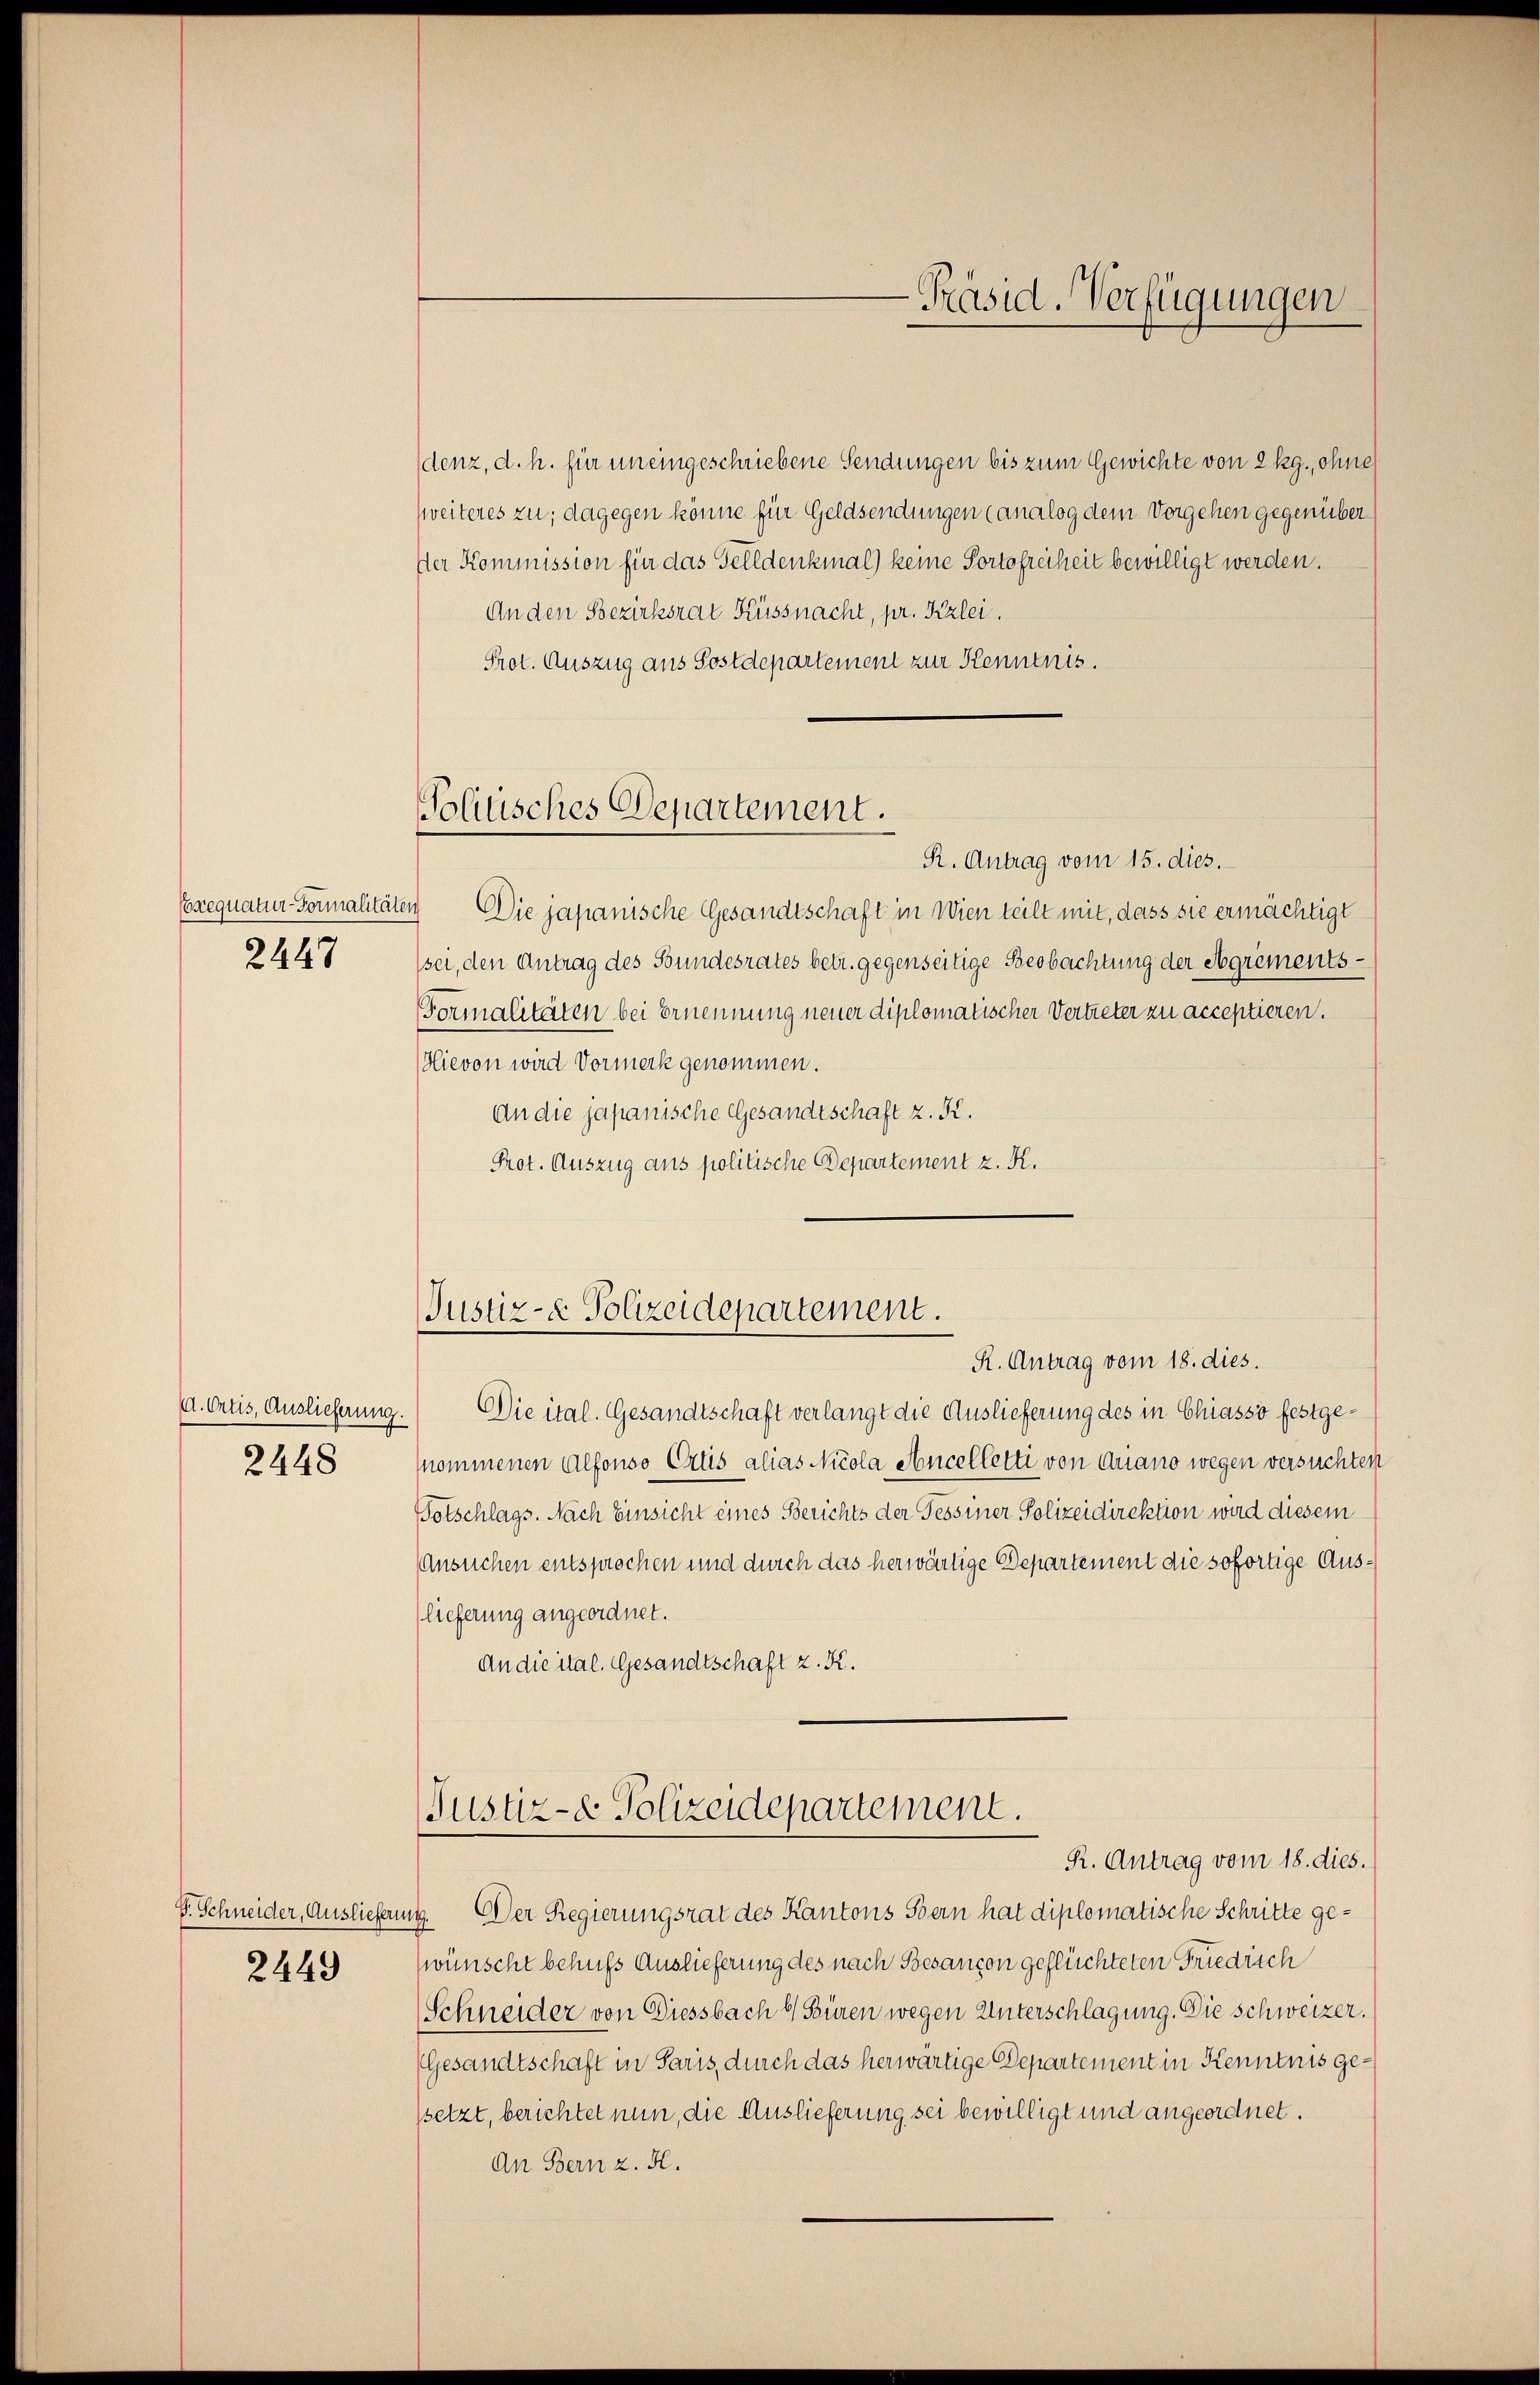
Exequatur-Formalität
2447

A. Ortis, Auslieferung
2448

S. Schneider, Ausliefer
2449

Politisches Departement.

denz, d. h. für uneingeschriebene Sendungen bis zum Gewichte von 2 kg. ohne
zweiteres zu; dagegen könne für Geldsendungen Canalog dem Vorgehen gegenüber
Der Kommission für das Felldenkmal) keine Portofreiheit bewilligt werden.
An den Bezirksrat Küssnacht, pr. Kzlei.
Prot. Auszug aus Postdepartement zur Kenntnis.
R. Antrag vom 15. dies.
ten Die japanische Gesandtschaft in Wien teilt mit, dass sie ermächtigt
/sei, den Antrag des Bundesrates betr. gegenseitige Beobachtung der Agréments¬
Formalitäten bei Ernennung neuer diplomatischer Vertreter zu acceptieren.
Hievon wird Vormerk genommen.
An die japanische Gesandtschaft z. K.
Prot. Auszug aus politische Departement z. R.

-Präsid. Verfügungen

Justiz- & Polizeidepartement.
R. Antrag vom 18. dies.

Die ital. Gesandtschaft verlangt die Auslieferung des in Chiasso festgenommenen Alfonso Erlis alias Nicola Ancelletti von Quano wegen versuchten
Totschlags. Nach Einsicht eines Berichts der Tessiner Polizeidirektion wird diesem
Ansuchen entsprochen und durch das herwärtige Departement die sofortige Auslieferung angeordnet.
An die ital. Gesandtschaft z. K.
Justiz- & Polizeidepartement.
R. Antrag vom 18. dies.
ug. Der Regierungsrat des Kantons Stern hat diplomatische Schritte gewünscht behufs Auslieferung des nach Besançon geflüchteten Friedrich
Schneider von Diessbach 6) Füren wegen Unterschlagung. Die Schweizer.
(Gesandtschaft in Paris, durch das herwärtige Departement in Kenntnis gessetzt, berichtet nun, die Auslieferung sei bewilligt und angeordnet.
An Bern z. H.